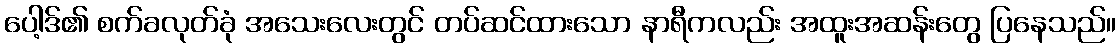
ပေါ့ဒ်၏ စက်ခလုတ်ခုံ အသေးလေးတွင် တပ်ဆင်ထားသော နာရီကလည်း အထူးအဆန်းတွေ ပြနေသည်။